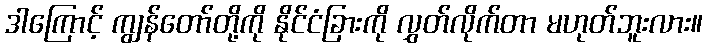
ဒါကြောင့် ကျွန်တော်တို့ကို နိုင်ငံခြားကို လွှတ်လိုက်တာ မဟုတ်ဘူးလား။